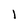
Character: I